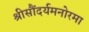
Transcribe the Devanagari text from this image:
श्रीसौंदर्यमनोरमा